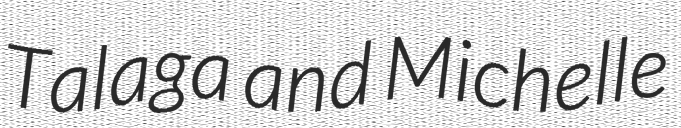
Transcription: Talaga and Michelle